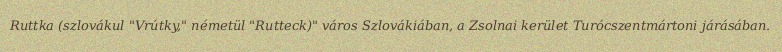
Ruttka (szlovákul "Vrútky," németül "Rutteck)" város Szlovákiában, a Zsolnai kerület Turócszentmártoni járásában.